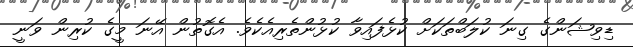
ޑިވިޝަންގެ ގިނަ ކުލަބްތަކަށް ކުޅެފައިވާ ކުޅުންތެރިއެކެވެ. އެގޮތުން އޭނަ މީގެ ކުރިން ވަނީ